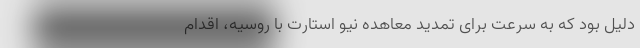
دلیل بود که به سرعت برای تمدید معاهده نیو استارت با روسیه، اقدام